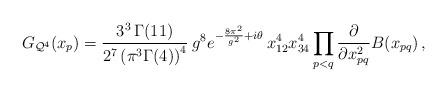
LaTeX: \begin{align*}G_{{\cal Q}^4}(x_p) =\frac{3^{3} \, \Gamma(11)}{2^{7}\left(\pi^3 \Gamma(4) \right)^{4}} \: g^{8} e^{-\frac{8\pi^2}{g^2} + i\theta} \, x_{12}^4 x_{34}^4 \prod_{p<q} \frac{\partial}{\partial x_{pq}^2} B(x_{pq}) \, , \end{align*}